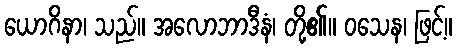
ယောဂိနာ၊ သည်။ အလောဘာဒီနံ၊ တို့၏။ ဝသေန၊ ဖြင့်။